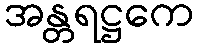
အန္တရဋ္ဌကေ